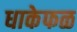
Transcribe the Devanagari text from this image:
धाकेफळ